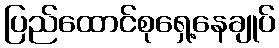
ပြည်ထောင်စုရှေ့နေချုပ်